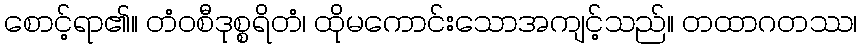
စောင့်ရာ၏။ တံဝစီဒုစ္စရိတံ၊ ထိုမကောင်းသောအကျင့်သည်။ တထာဂတဿ၊